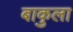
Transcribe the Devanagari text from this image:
बाकुला